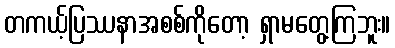
တကယ့်ပြဿနာအစစ်ကိုတော့ ရှာမတွေ့ကြဘူး။